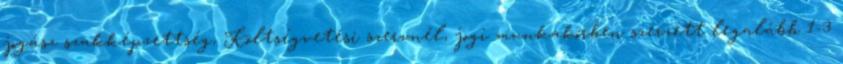
jogász szakképzettség, Költségvetési szervnél, jogi munkakörben szerzett legalább 1-3